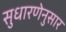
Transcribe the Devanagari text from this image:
सुधारणेनुसार